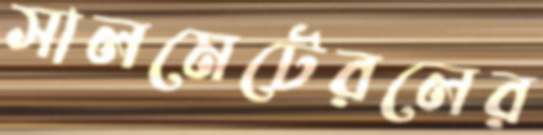
সালমেটেরলের